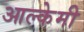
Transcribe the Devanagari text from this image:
आल्‍केमी